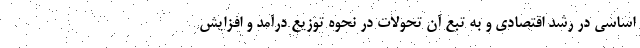
اساسی در رشد اقتصادی و به تبع آن تحولات در نحوه توزیع درآمد و افزایش